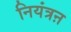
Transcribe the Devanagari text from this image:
नियंत्रऩ